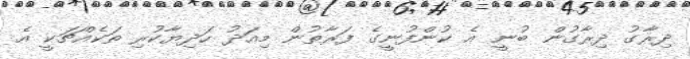
ދިރާގު ދިރާގުން ބުނީ އެ ކުންފުނީގެ ފަރާތުން މިއަދު ހަދިޔާކުރި ތަކެއްޗަކީ އެ